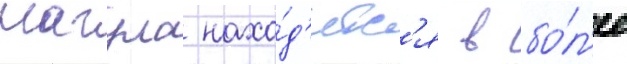
нагула нахо́д'ятс'я в бо́л'ее